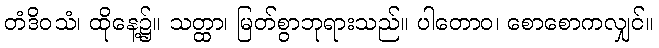
တံဒိဝသံ၊ ထိုနေ့၌။ သတ္ထာ၊ မြတ်စွာဘုရားသည်။ ပါတောဝ၊ စောစောကလျှင်။